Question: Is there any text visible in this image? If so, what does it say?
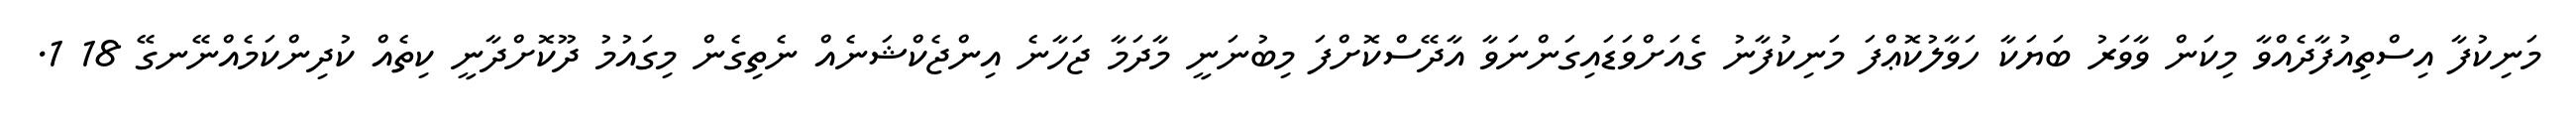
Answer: މަނިކުފާ އިސްތިއުފާދެއްވާ މިކަން ވާވަރު ބަޔަކާ ހަވާލުކޮޢްފަ މަނިކުފާނު ގެއަށްވަޑައިގަންނަވާ އާދޭސްކޮށްފަ މިބުނަނީ މާދަމާ ޖަހާނެ އިންޖެކްޝަނެއް ނެތިގެން މިގައުމު ދޫކޮށްދާނީ ކިތެއް ކުދިންކަމެއްނޭނގޭ 18 1.